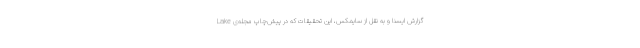
گزارش ایسنا و به نقل از سایمکس، این تحقیقات که در پیش‌چاپ مجله‌ی Lake